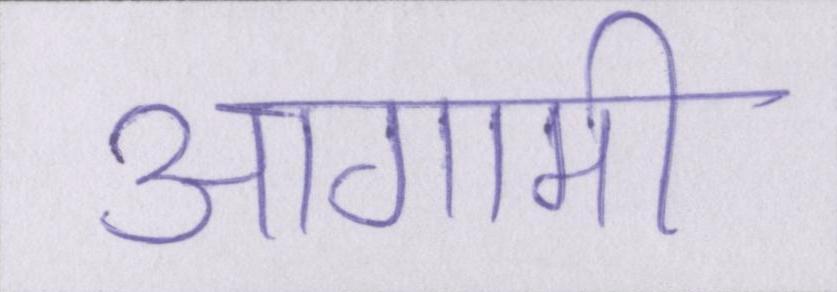
आगामी